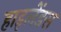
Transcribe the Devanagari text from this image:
हाइलेंडस